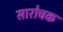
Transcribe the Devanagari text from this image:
सारोचक